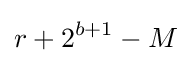
r+2^{b+1}-M